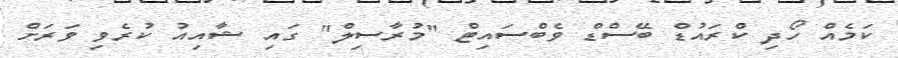
ކަމެއް ހޯދި ކްރައުޑް ބޭސްޑް ވެބްސައިޓް "މުރާސިލް" ގައި ޝާއިއު ކުރެވި ވަރަށް